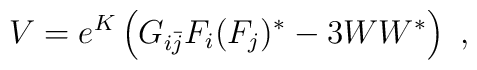
V=e^K\left(G_{i{\bar j}} F_i (F_j)^*-3WW^*\right)~,